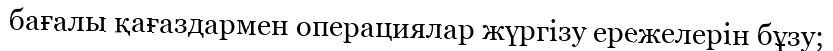
бағалы қағаздармен операциялар жүргізу ережелерін бұзу;